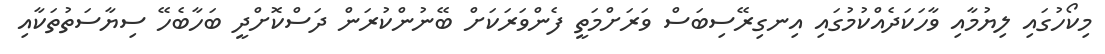
މިކޯހުގައި ލިޔުމާއި ވާހަކަދެއްކުމުގައި އިނގިރޭސިބަސް ވަރަށްމަތީ ފެންވަރަކަށް ބޭނުންކުރަން ދަސްކޮށްދީ ބަހާބެހޭ ސިޔާސަތުތަކާއި